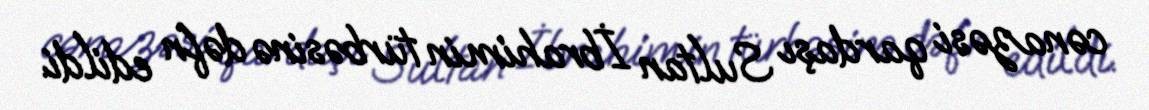
cənazəsi qardaşı Sultan İbrahimin türbəsinə dəfn edildi.